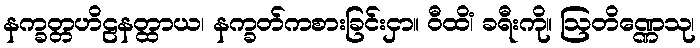
နက္ခတ္တဟိဠနတ္ထာယ၊ နက္ခတ်ကစားခြင်းငှာ။ ဝီထိံ၊ ခရီးကို။ ဩတိဏ္ဏေသု၊